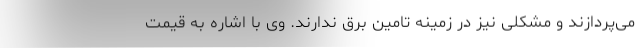
می‌پردازند و مشکلی نیز در زمینه تامین برق ندارند. وی با اشاره به قیمت